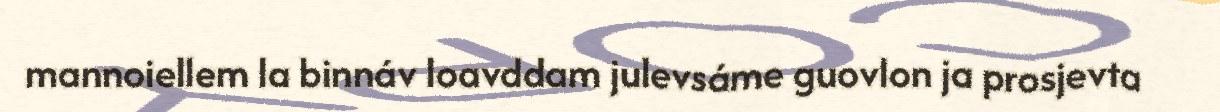
mannoiellem la binnáv loavddam julevsáme guovlon ja prosjevta